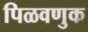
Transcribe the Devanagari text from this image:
पिळवणुक